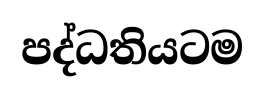
පද්ධතියටම